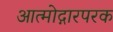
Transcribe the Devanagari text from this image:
आत्मोद्गारपरक